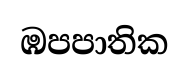
ඹපපාතික